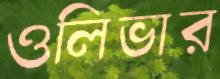
ওলিভার